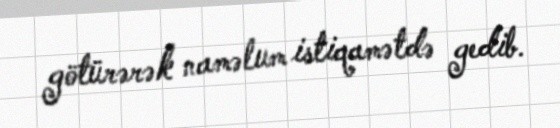
götürərək naməlum istiqamətdə gedib.